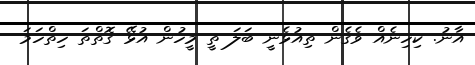
އާނު. ކިހިނެއް ވެގެން ތިއުޅެނީ ބަލަ ތީ މީހުން އުޅޭ ގޮތްތަ ހިތްހަމަ